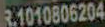
R.1010806204